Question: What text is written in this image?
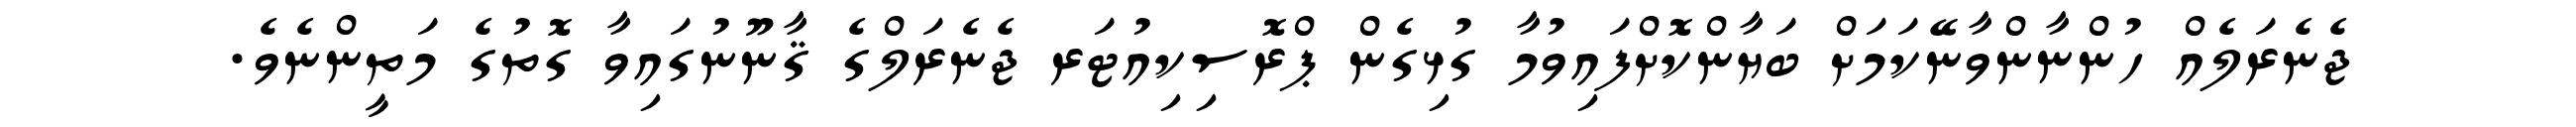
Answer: ޖެނެރަލެއް ހުންނާންވާނޭކަމަށް ބަޔާންކޮށްފައިވުމާ ގުޅިގެން ޕްރޮސިކިއުޓަރ ޖެނެރަލްގެ ޤާނޫނުގައިވާ ގޮތުގެ މަތީންނެވެ.